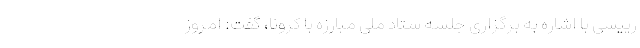
رییسی با اشاره به برگزاری جلسه ستاد ملی مبارزه با کرونا، گفت: امروز